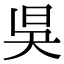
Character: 𣅳